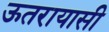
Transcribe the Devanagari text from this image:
ऊतरायासी